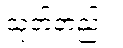
သုတ်တည်း။